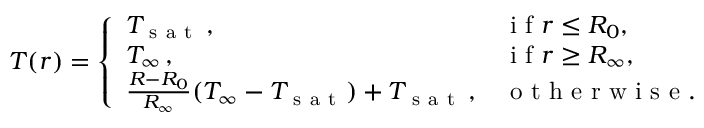
\begin{array} { r } { T ( r ) = \left\{ \begin{array} { l l } { T _ { \mathrm { ~ s ~ a ~ t ~ } } \, , } & { \mathrm { ~ i ~ f ~ } r \leq R _ { 0 } , } \\ { T _ { \infty } \, , } & { \mathrm { ~ i ~ f ~ } r \geq R _ { \infty } , } \\ { \frac { R - R _ { 0 } } { R _ { \infty } } ( T _ { \infty } - T _ { \mathrm { ~ s ~ a ~ t ~ } } ) + T _ { \mathrm { ~ s ~ a ~ t ~ } } \, , } & { \mathrm { ~ o ~ t ~ h ~ e ~ r ~ w ~ i ~ s ~ e ~ . ~ } } \end{array} \right. } \end{array}